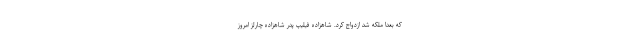
که بعدا ملکه شد ازدواج کرد. شاهزاده فیلیپ پدر شاهزاده چارلز امروز